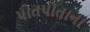
પોતપોતાના